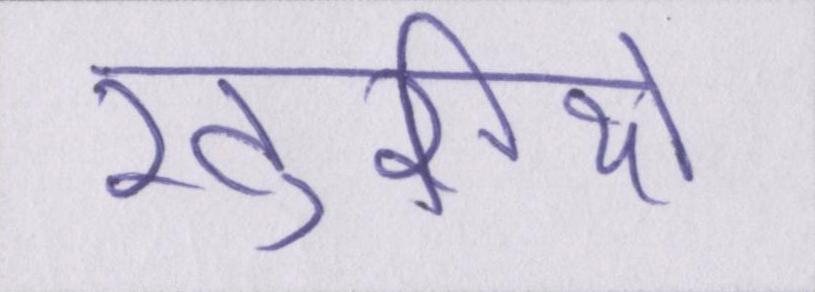
खुशियों